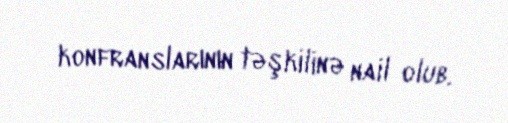
konfranslarının təşkilinə nail olub.